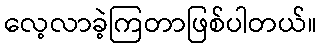
လေ့လာခဲ့ကြတာဖြစ်ပါတယ်။